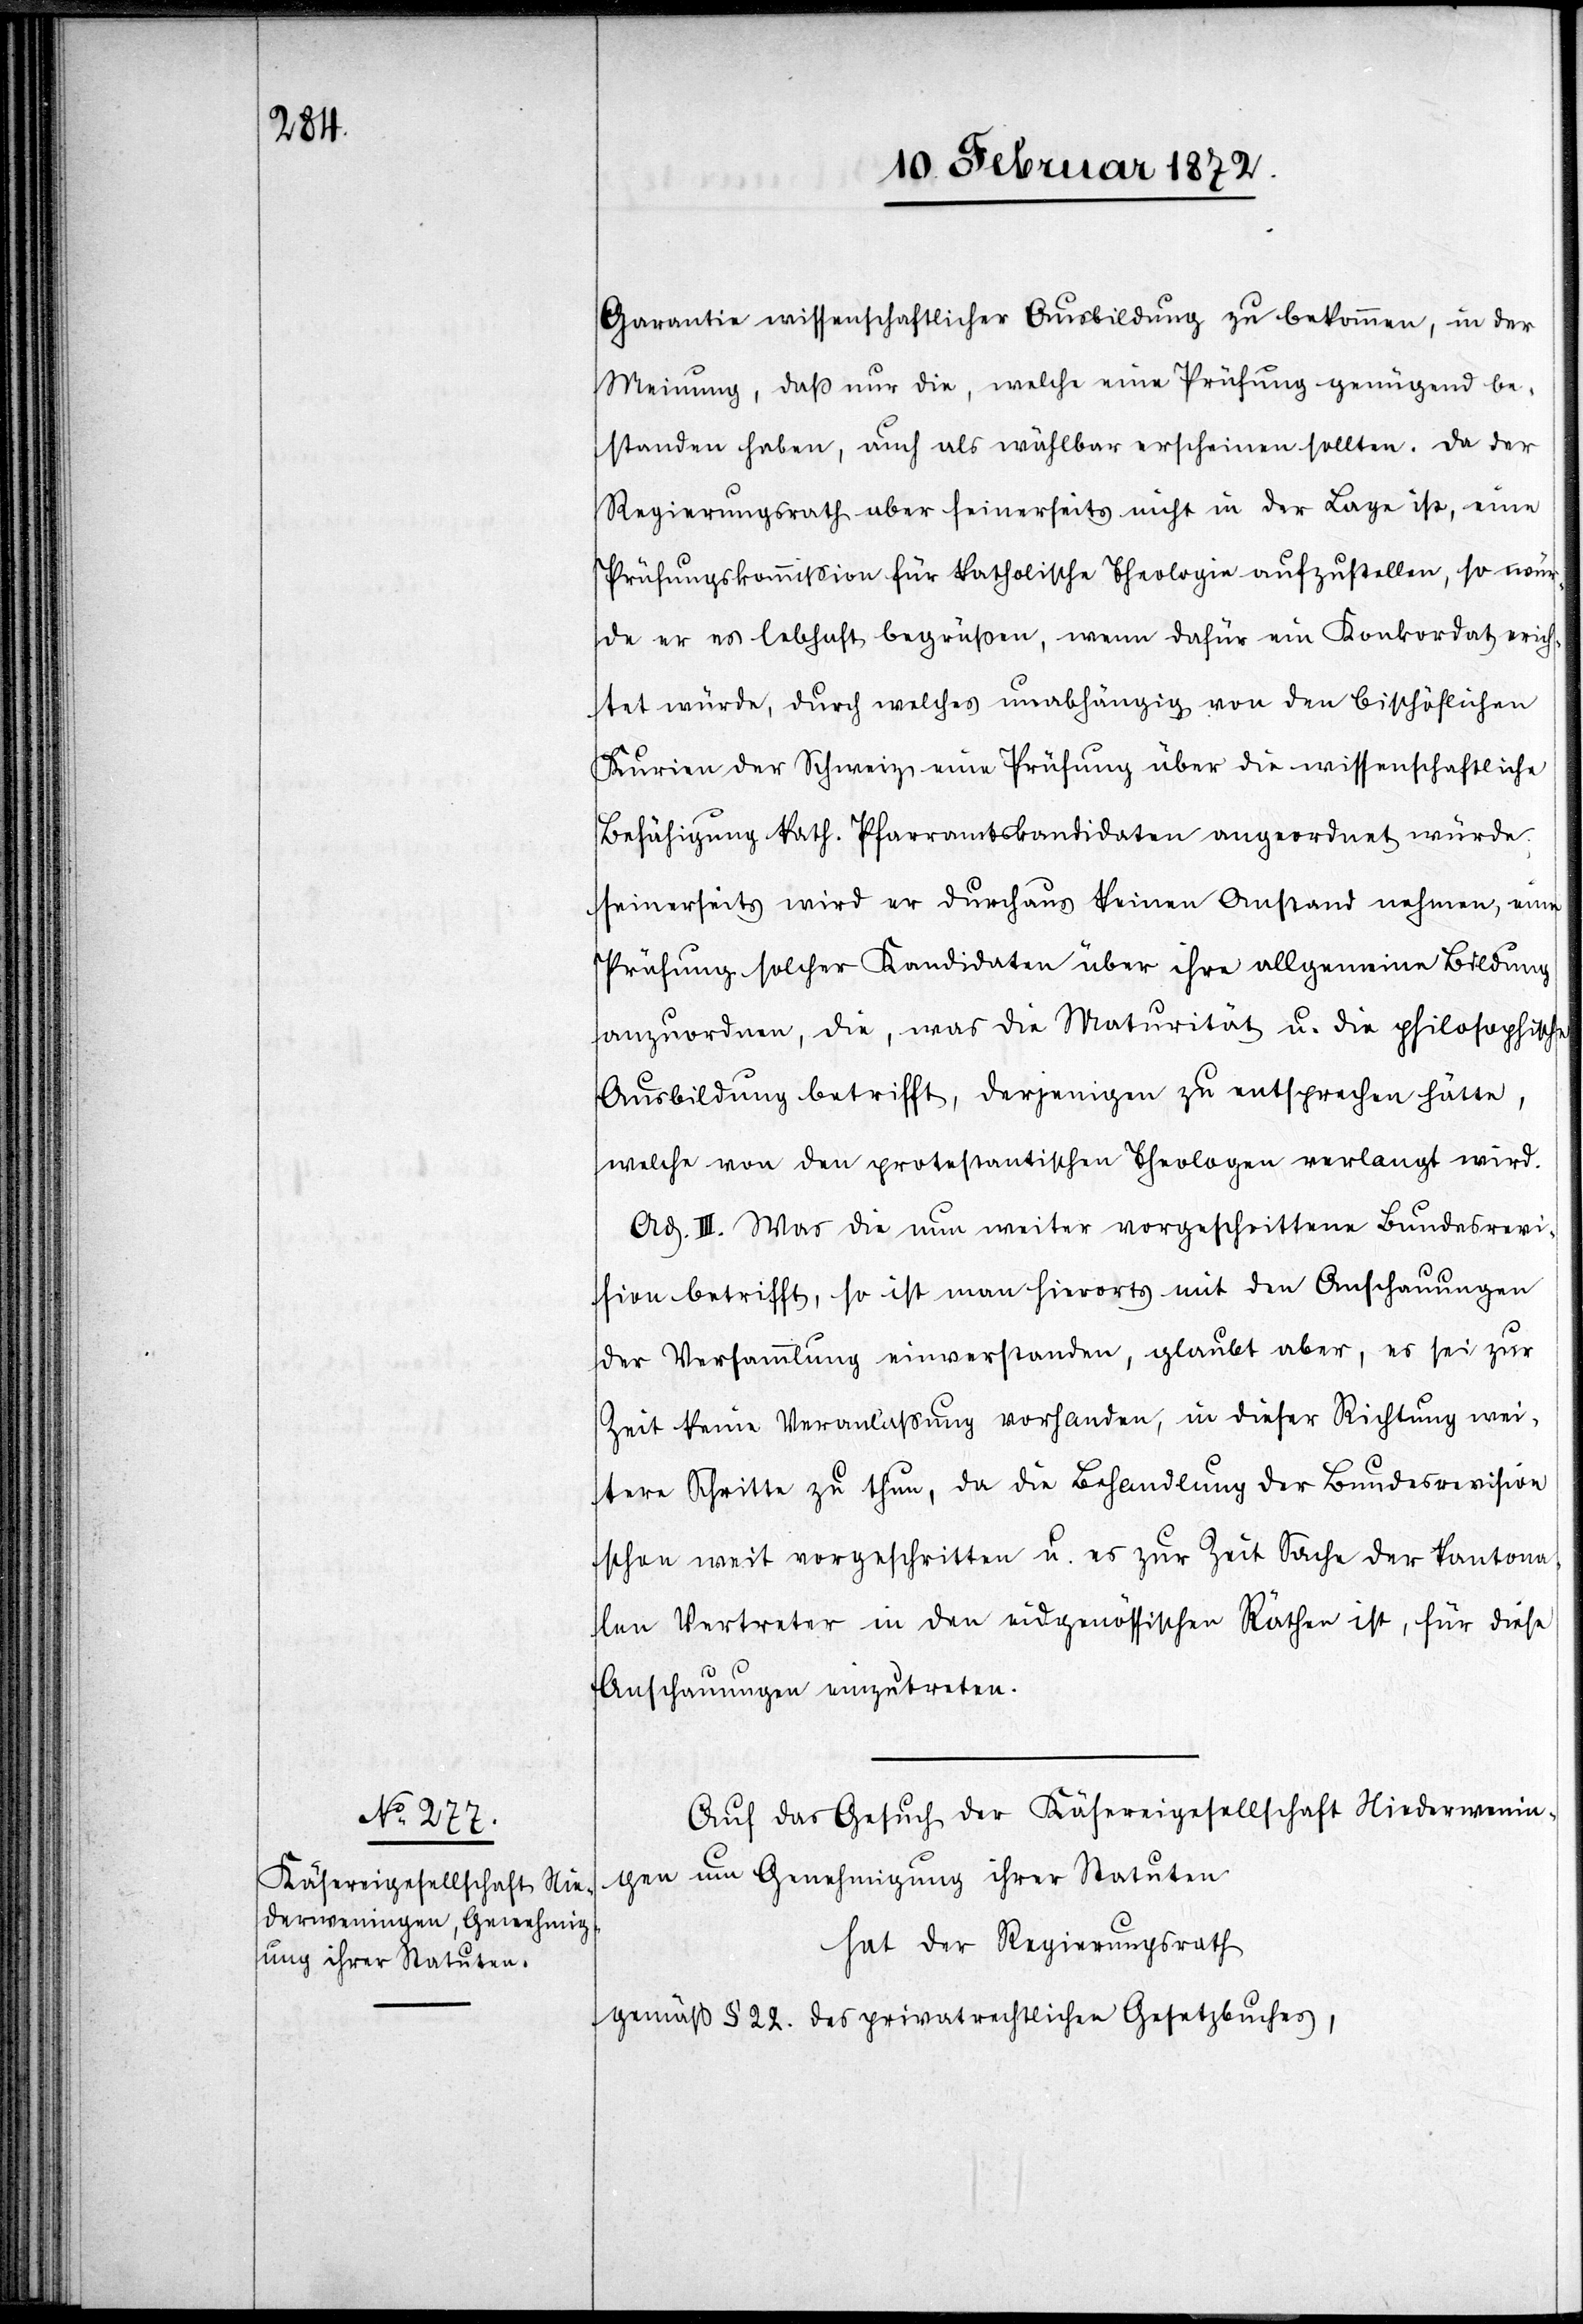
Garantie wissenschaftlicher Ausbildung zu bekommen, in der
Meinung, daß nur die, welche eine Prüfung genügend be¬
standen haben, auch als wählbar erscheinen sollten. Da der
Regierungsrath aber seinerseits nicht in der Lage ist, eine
Prüfungskommission für katholische Theologie aufzustellen, so wür¬
de er es lebhaft begrüßen, wenn dafür ein Konkordat errich¬
tet würde, durch welches unabhängig von den bischöflichen
Kurien der Schweiz eine Prüfung über die wissenschaftliche
Befähigung kath. Pfarramtskandidaten angeordnet würde.
[S]einerseits wird er durchaus keinen Anstand nehmen, eine
Prüfung solcher Kandidaten über ihre allgemeine Bildung
anzuordnen, die, was die Maturität u. die philosophische
Ausbildung betrifft, derjenigen zu entsprechen hätte,
welche von den protestantischen Theologen verlangt wird.
Ad. III. Was die nun weiter vorgeschrittene Bundesrevi¬
sion betrifft, so ist man hierorts mit den Anschauungen
der Versammlung einverstanden, glaubt aber, es sei zur
Zeit keine Veranlassung vorhanden, in dieser Richtung wei¬
tere Schritte zu thun, da die Behandlung der Bundesrevision
schon weit vorgeschritten u. es zur Zeit Sache der kantona¬
len Vertreter in den eidgenössischen Räthen ist, für diese
Anschauungen einzutreten.
Auf das Gesuch der Käsereigesellschaft Niederwenin¬
gen um Genehmigung ihrer Statuten
hat der Regierungsrath
gemäß § 22. des privatrechtlichen Gesetzbuches,